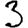
Digit: 3